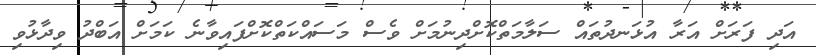
އަދި ފަރަށް އަރާ އުޅަނދުތައް ސަލާމަތްކޮށްދިނުމަށް ވެސް މަސައްކަތްކޮށްފައިވާނެ ކަމަށް އަބްދު ވިދާޅުވި